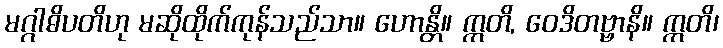
မဂ္ဂါဓိပတိဟု မဆိုထိုက်ကုန်သည်သာ။ ဟောန္တိ။ ဣတိ, ဝေဒိတဗ္ဗာနိ။ ဣတိ၊